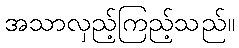
အသာလှည့်ကြည့်သည်။